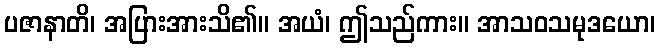
ပဇာနာတိ၊ အပြားအားသိ၏။ အယံ၊ ဤသည်ကား။ အာသဝသမုဒယော၊